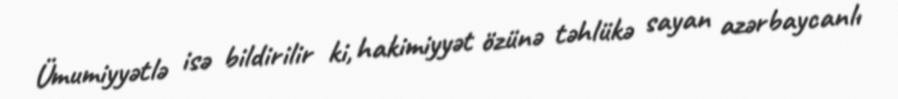
Ümumiyyətlə isə bildirilir ki, hakimiyyət özünə təhlükə sayan azərbaycanlı